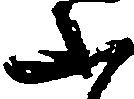
ふ